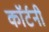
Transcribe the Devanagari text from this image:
काॅर्टनी